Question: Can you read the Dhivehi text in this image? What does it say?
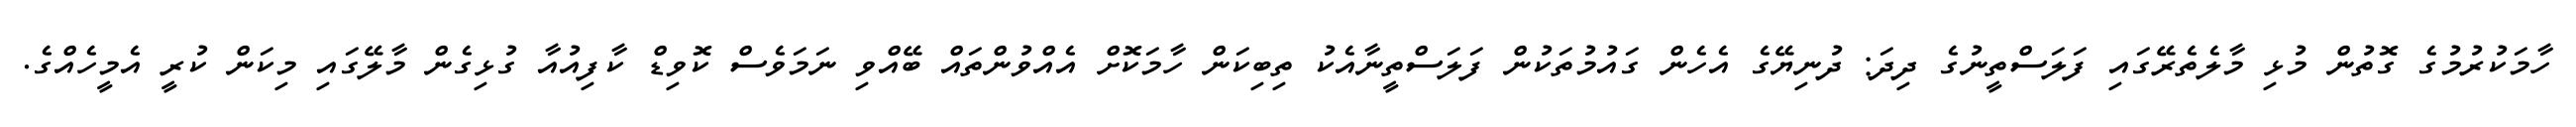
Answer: ހާމަކުރުމުގެ ގޮތުން މުޅި މާލެތެރޭގައި ފަލަސްތީނުގެ ދިދަ: ދުނިޔޭގެ އެހެން ގައުމުތަކުން ފަލަސްތީނާއެކު ތިބިކަން ހާމަކޮށް އެއްވުންތައް ބޭއްވި ނަމަވެސް ކޮވިޑް ކާފިއުއާ ގުޅިގެން މާލޭގައި މިކަން ކުރީ އެމީހެއްގެ.